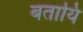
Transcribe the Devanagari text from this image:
बतायि